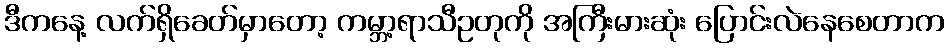
ဒီကနေ့ လက်ရှိခေတ်မှာတော့ ကမ္ဘာ့ရာသီဥတုကို အကြီးမားဆုံး ပြောင်းလဲနေစေတာက